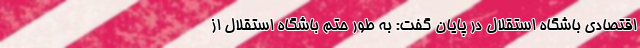
اقتصادی باشگاه استقلال در پایان گفت: به طور حتم باشگاه استقلال از